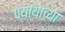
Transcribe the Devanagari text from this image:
पर्यायाच्या